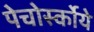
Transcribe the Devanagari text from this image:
पेचोर्स्कोये